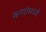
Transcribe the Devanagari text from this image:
कणांमध्ये